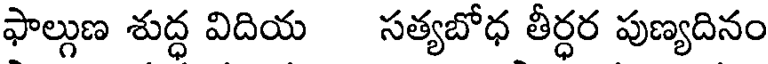
ఫాల్గుణ శుద్ధ విదియ సత్యబోధ తీర్ధర పుణ్యదినం